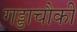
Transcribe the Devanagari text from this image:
गड्डाचौकी